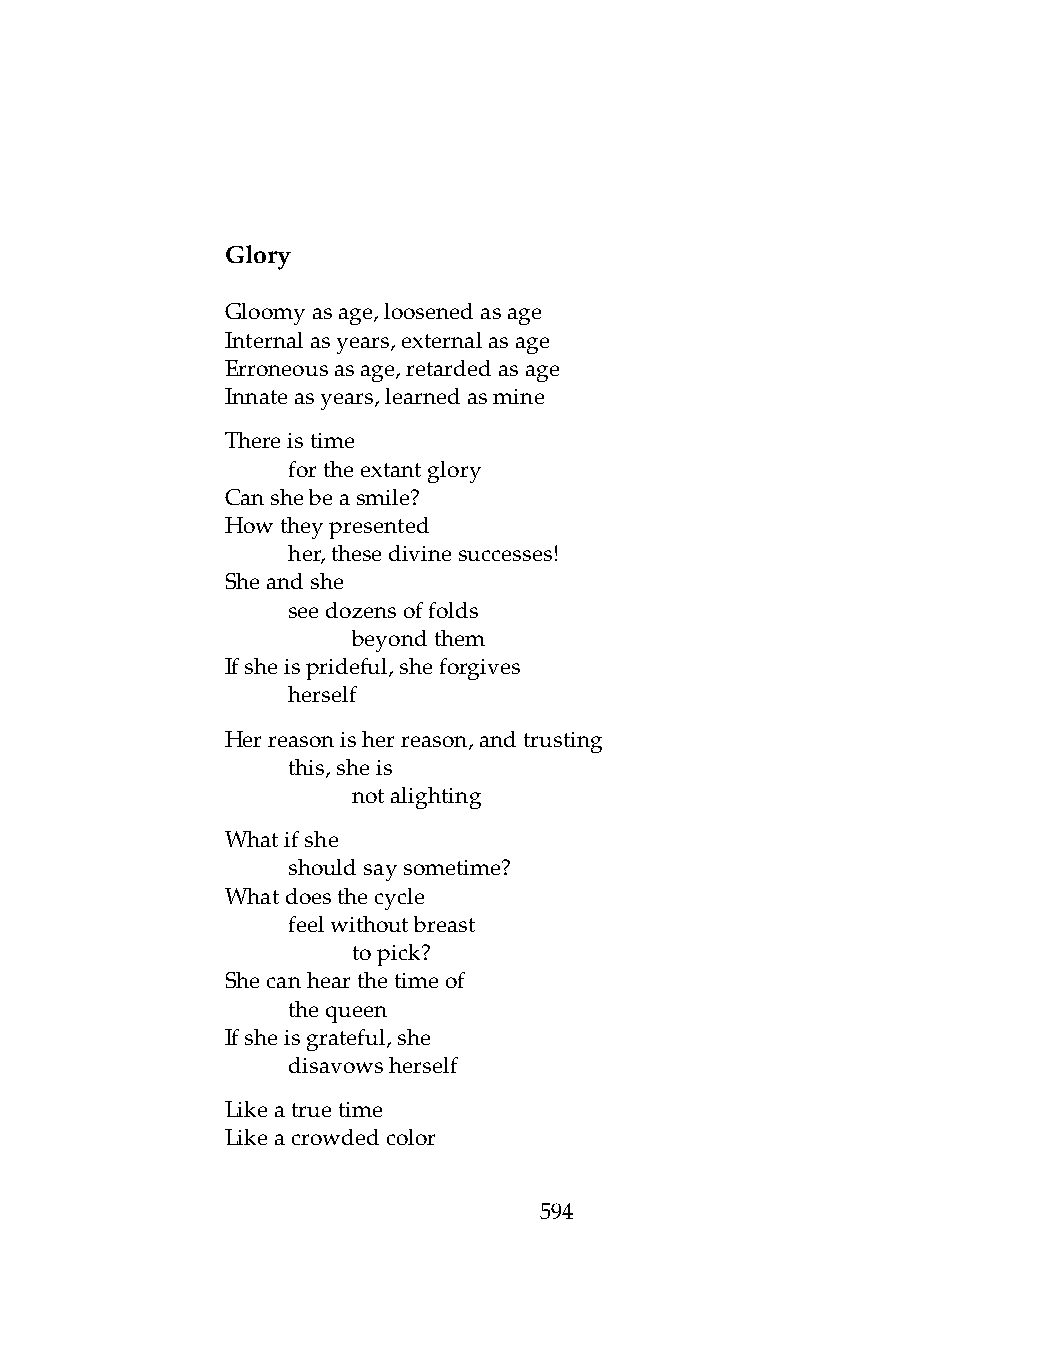
Glory
 Gloomyasage,loosenedasage
 Internalasyears,externalasage
 Erroneousasage,retardedasage
 Innateasyears,learnedasmine
 Thereistime
 .   fortheextantglory
 Canshebeasmile?
 Howtheypresented
 .   her,thesedivinesuccesses!
 Sheandshe
 .   seedozensoffolds
 .   .   beyondthem
 Ifsheisprideful,sheforgives
 .   herself
 Herreasonisherreason,andtrusting
 .   this,sheis
 .   .   notalighting
 Whatifshe
 .   shouldsaysometime?
 Whatdoesthecycle
 .   feelwithoutbreast
 .   .   topick?
 Shecanhearthetimeof
 .   thequeen
 Ifsheisgrateful,she
 .   disavowsherself
 Likeatruetime
 Likeacrowdedcolor
 594